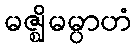
မဇ္ဈိမမ္ပာဟံ